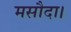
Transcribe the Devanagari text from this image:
मसौदा।